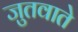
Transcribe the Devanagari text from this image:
जुतवाते